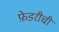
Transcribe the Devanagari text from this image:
फ़ेडरीची